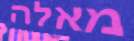
מאלה